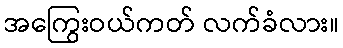
အကြွေးဝယ်ကတ် လက်ခံလား။